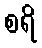
စရိ